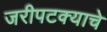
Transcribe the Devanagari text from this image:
जरीपटक्याचे